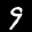
Label: 9